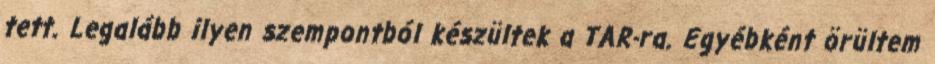
tett. Legalább ilyen szempontból készültek a TAR-ra. Egyébként örültem